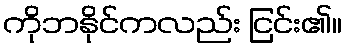
ကိုဘနိုင်ကလည်း ငြင်း၏။